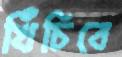
খিঁচিবে